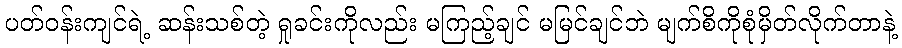
ပတ်ဝန်းကျင်ရဲ့ ဆန်းသစ်တဲ့ ရှုခင်းကိုလည်း မကြည့်ချင် မမြင်ချင်ဘဲ မျက်စိကိုစုံမှိတ်လိုက်တာနဲ့